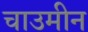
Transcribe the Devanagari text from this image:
चाउमीन